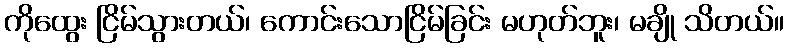
ကိုထွေး ငြိမ်သွားတယ်၊ ကောင်းသောငြိမ်ခြင်း မဟုတ်ဘူး၊ မချို သိတယ်။